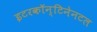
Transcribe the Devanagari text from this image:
इटरकॉन्टिनेनटल